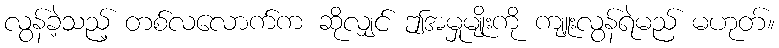
လွန်ခဲ့သည့် တစ်လလောက်က ဆိုလျှင် ဤအမှုမျိုးကို ကျူးလွန်ရဲမည် မဟုတ်။